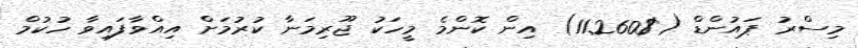
މިސްރު ޕައުންޑް ($11